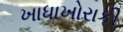
ખાધાખોરાકી